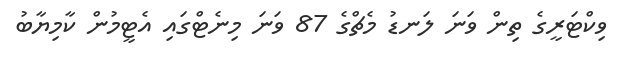
ވިކްޓަރީގެ ތިން ވަނަ ލަނޑު މެޗްގެ 87 ވަނަ މިނެޓްގައި އެޓީމުން ކާމިޔާބު